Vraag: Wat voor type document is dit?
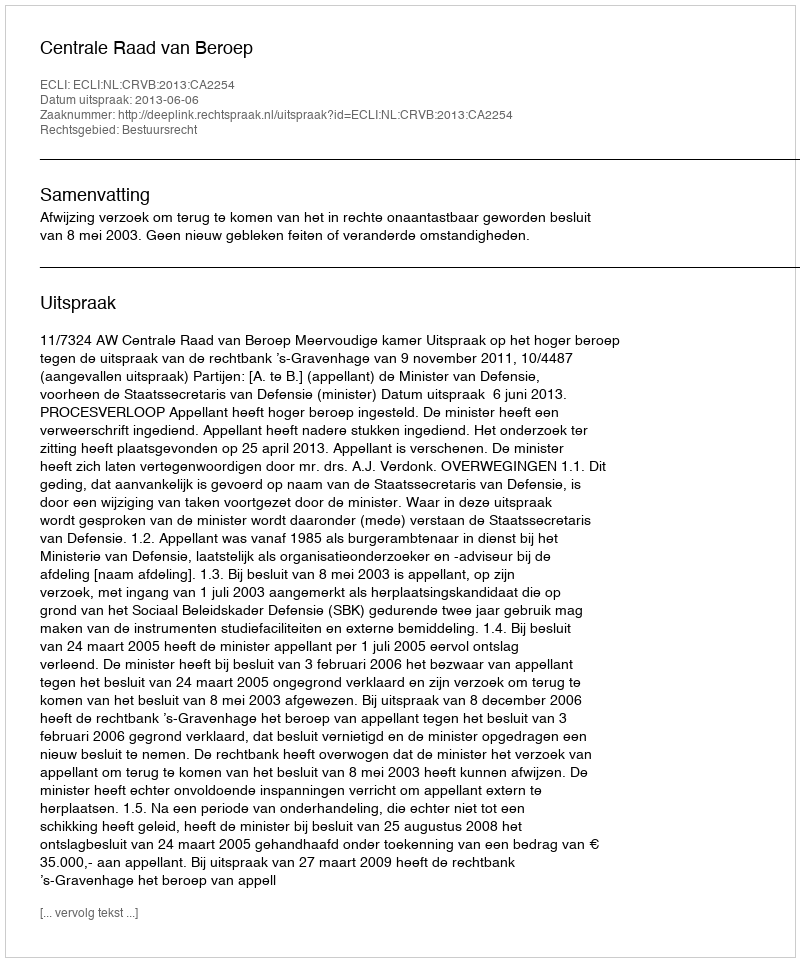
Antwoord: Uitspraak